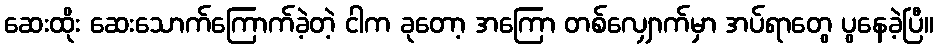
ဆေးထိုး ဆေးသောက်ကြောက်ခဲ့တဲ့ ငါက ခုတော့ အကြော တစ်လျှောက်မှာ အပ်ရာတွေ ပွနေခဲ့ပြီ။